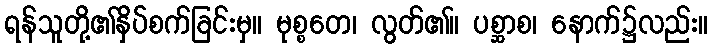
ရန်သူတို့၏နှိပ်စက်ခြင်းမှ။ မုစ္စတေ၊ လွတ်၏။ ပစ္ဆာစ၊ နောက်၌လည်း။